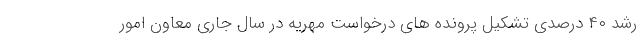
رشد ۴۰ درصدی تشکیل پرونده های درخواست مهریه در سال جاری معاون امور